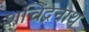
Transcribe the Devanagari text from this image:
शचिंद्रनाथ